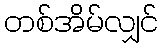
တစ်အိမ်လျှင်